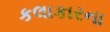
કલાકારના